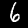
Label: 6